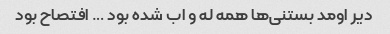
دیر اومد بستنی‌ها همه له و اب شده بود … افتصاح بود